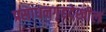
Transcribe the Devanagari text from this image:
प्रसाधनगृहदेखील